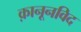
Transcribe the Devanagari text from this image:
क़ानूनविद